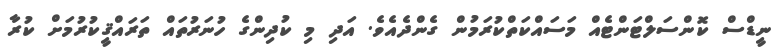
ނީޑްސް ކޮންސަލްޓަންޓެއް މަސައްކަތްކުރަމުން ގެންދެއެވެ. އަދި މި ކުދިންގެ ހުނަރުތައް ތަރައްޤީކުރުމަށް ކުރާ